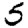
Digit: 5